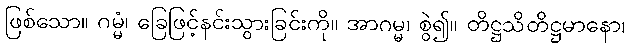
ဖြစ်သော။ ဂမ္မံ၊ ခြေဖြင့်နင်းသွားခြင်းကို။ အာဂမ္မ၊ စွဲ၍။ တိဋ္ဌသိတိဋ္ဌမာနော၊